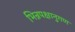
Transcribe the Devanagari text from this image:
भिन्नपक्षानुगण